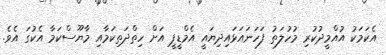
އެކަމަކު އުއްމީދުކުރި މުހުލަތު ފަހަނައަޅައިދިޔައީ އެމްޑީޕީ އަށް ހިތްދަތިކަމާއި މާޔޫސްކަމާ އެކުގަ އެވެ.